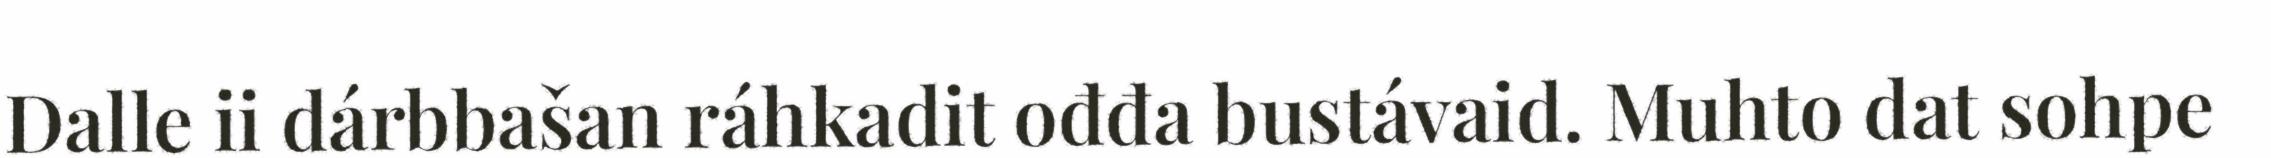
Dalle ii dárbbašan ráhkadit ođđa bustávaid. Muhto dat sohpe